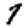
Digit: 7